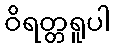
ဝိရတ္တရူပါ